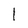
Character: 1